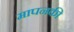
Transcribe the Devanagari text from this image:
मापनकी